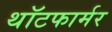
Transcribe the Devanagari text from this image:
थॉटफार्मर